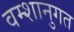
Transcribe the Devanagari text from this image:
वम्शानुगत